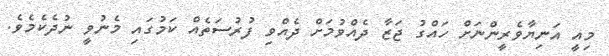
މިއީ އަނިޔާވެރީންނަށް ހައްގު ޖަޒާ ދެއްވުމަށް ދެއްވި ފުރުސަތެއް ކަމުގައި މެނުވީ ނުދެކެމެވެ.